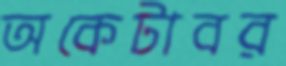
অকেটাবর